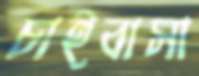
চাইবাসা